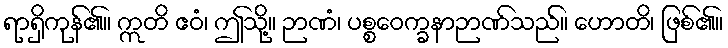
ရာရှိကုန်၏။ ဣတိ ဧဝံ၊ ဤသို့။ ဉာဏံ၊ ပစ္စဝေက္ခနာဉာဏ်သည်။ ဟောတိ၊ ဖြစ်၏။